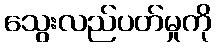
သွေးလည်ပတ်မှုကို